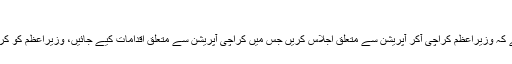
وزیراعظم کراچی آکر سول ملٹری اجلاس بلائیں
کراچی سے متعلق انہوں نے کہا کہ میری تجویز ہے کہ وزیراعظم کراچی آکر آپریشن سے متعلق اجلاس کریں جس میں کراچی آپریشن سے متعلق اقدامات کیے جائیں، وزیراعظم کو کراچی میں سول ملٹری اجلاس بلانے کامشورہ دوں گا۔